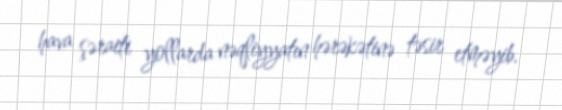
hava şəraiti yollarda nəqliyyatın hərəkətinə təsir etməyib.